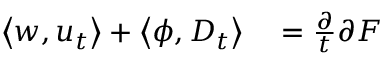
\begin{array} { r l } { \left\langle w , u _ { t } \right\rangle + \left\langle \phi , D _ { t } \right\rangle } & { { } = \frac { \partial } { t } { \partial F } } \end{array}